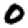
Digit: 0